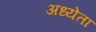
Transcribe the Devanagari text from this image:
अध्‍येता